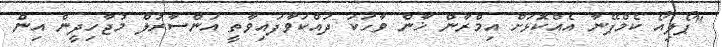
"ޕޯލިއޯ ކެމްޕޭނާ އެއްކޮޅަށް އިމްރާން ޚާން ވާހަކަ ދައްކަވާފައިވާތީ އަންސާރުލް މުޖާހިދީން އިން